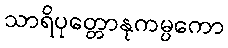
သာရိပုတ္တောနုကမ္ပကော